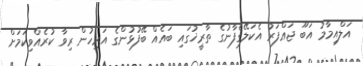
އަލްއިމާމު އަބޫ ޖަޢްފަރު އެކަލޭގެފާނުގެ ތާރީޚުގައި ބައެއް ބޭފުޅުންގެ އަރިހުން ރިވާ ކުރެއްވިކަމަށް